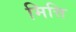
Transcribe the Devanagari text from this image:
मित्ति